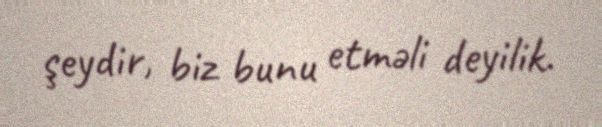
şeydir, biz bunu etməli deyilik.